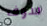
سوف